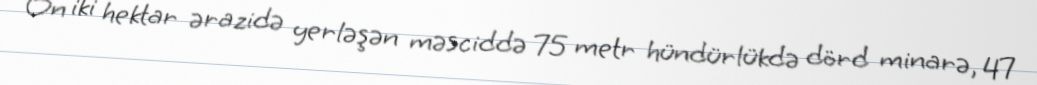
On iki hektar ərazidə yerləşən məsciddə 75 metr hündürlükdə dörd minarə, 47